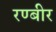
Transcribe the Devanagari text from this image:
रण्बीर